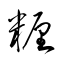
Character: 糎